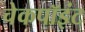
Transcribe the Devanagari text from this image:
चेकपॉइंट